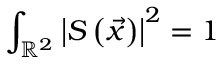
\int _ { \mathbb { R } ^ { 2 } } \left| S \left( \vec { x } \right) \right| ^ { 2 } = 1